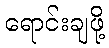
ရောင်းချဖို့